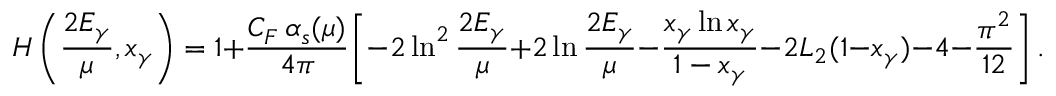
H \left( \frac { 2 E _ { \gamma } } { \mu } , x _ { \gamma } \right) = 1 + \frac { C _ { F } \, \alpha _ { s } ( \mu ) } { 4 \pi } \bigg [ - 2 \ln ^ { 2 } \frac { 2 E _ { \gamma } } { \mu } + 2 \ln \frac { 2 E _ { \gamma } } { \mu } - \frac { x _ { \gamma } \ln x _ { \gamma } } { 1 - x _ { \gamma } } - 2 L _ { 2 } ( 1 - x _ { \gamma } ) - 4 - \frac { \pi ^ { 2 } } { 1 2 } \bigg ] \, . \phantom { \Bigg | }